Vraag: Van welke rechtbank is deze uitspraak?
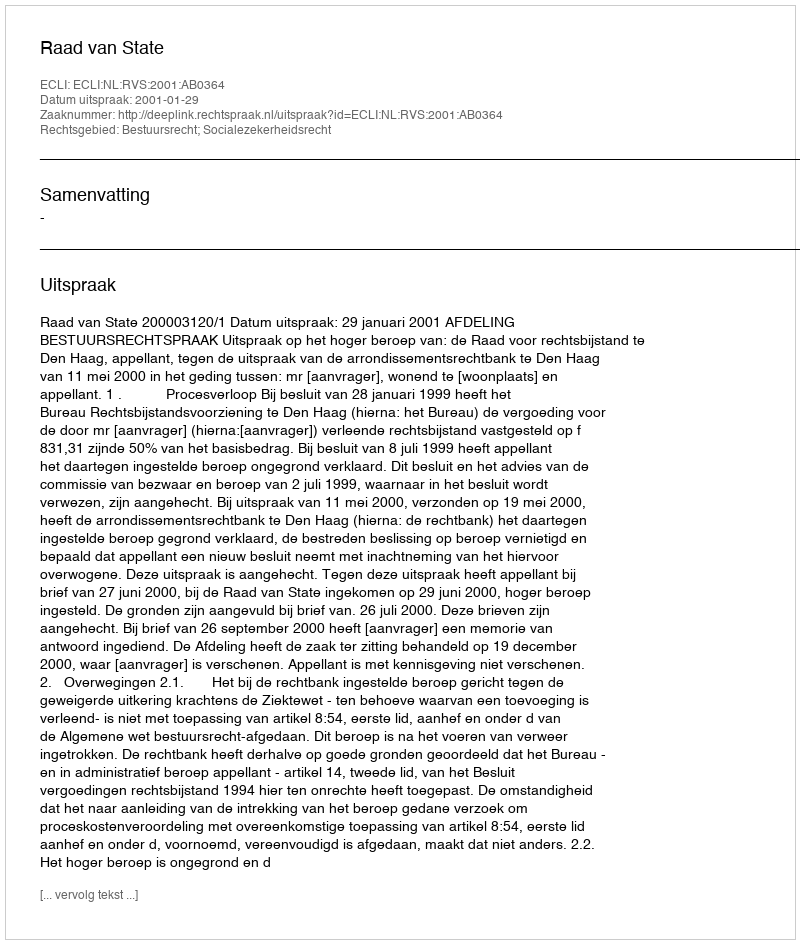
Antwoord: Raad van State